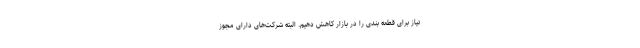
نیاز برای قطعه بندی را در بازار کاهش دهیم. البته شرکت‌های دارای مجوز